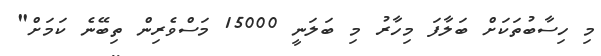
މި ހިސާބުތަކަށް ބަލާފަ މިހާރު މި ބަލަނީ 15000 މަސްވެރިން ތިބޭނެ ކަމަށް"